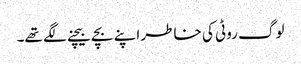
لوگ روٹی کی خاطر اپنے بچے بیچنے لگے تھے۔